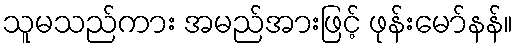
သူမသည်ကား အမည်အားဖြင့် ဖုန်းမော်နန်။